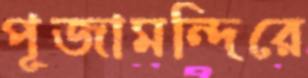
পূজামন্দিরে